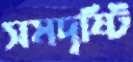
সমদৃষ্টি